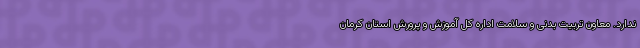
ندارد. معاون تربیت بدنی و سلامت اداره کل آموزش و پرورش استان کرمان